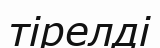
тірелді